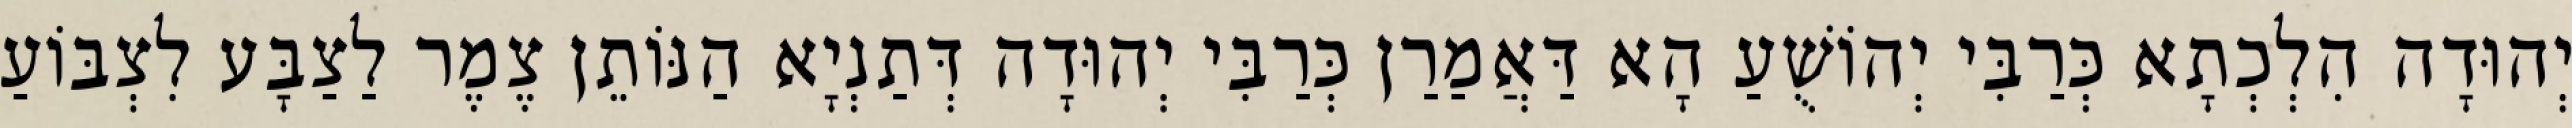
יְהוּדָה הִלְכְתָא כְּרַבִּי יְהוֹשֻׁעַ הָא דַּאֲמַרַן כְּרַבִּי יְהוּדָה דְּתַנְיָא הַנּוֹתֵן צֶמֶר לַצַבָּע לִצְבּוֹעַ